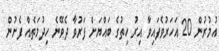
އުމުރުން 20 އަހަރުވެފައިވާ އިރު ހިތުގެ ބައްޔަށް ފަރުވާ ދެވޭނެ ހިދުމަތެއް ފެށުން